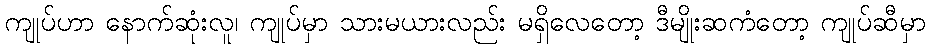
ကျုပ်ဟာ နောက်ဆုံးလူ၊ ကျုပ်မှာ သားမယားလည်း မရှိလေတော့ ဒီမျိုးဆကံတော့ ကျုပ်ဆီမှာ